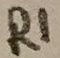
Text: R1